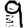
Digit: 9